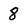
Character: 8